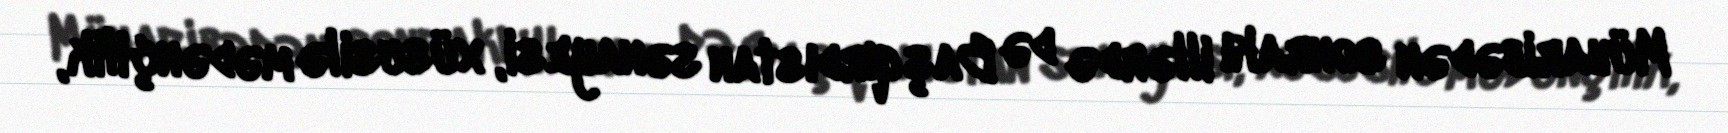
Müharibədən sonrakı illərdə də Başqırdıstan sənayesi, xüsusilə mədənçilik,